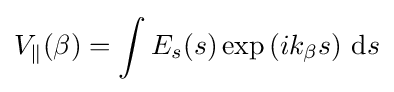
V_{\parallel }(\beta )=\int E_{s}(s)\exp \left(ik_{\beta }s\right)\,\mathrm {d} s